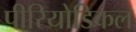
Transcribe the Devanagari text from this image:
पीरियोडिकल